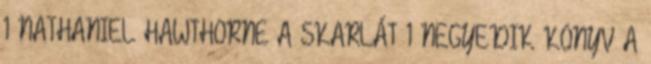
1 NATHANIEL HAWTHORNE A SKARLÁT 1 NEGYEDIK KÖNYV A